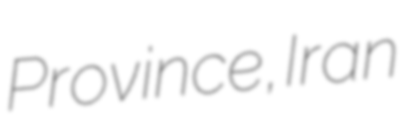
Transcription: Province, Iran